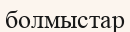
болмыстар